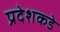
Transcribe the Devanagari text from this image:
प्रदेशकडे